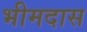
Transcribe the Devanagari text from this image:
भीमदास